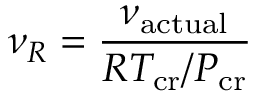
\nu _ { R } = { \frac { \nu _ { \mathrm { a c t u a l } } } { R T _ { \mathrm { c r } } / P _ { \mathrm { c r } } } }